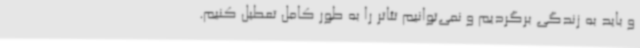
و باید به زندگی برگردیم و نمی‌توانیم تئاتر را به طور کامل تعطیل کنیم.